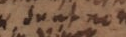
sunt non